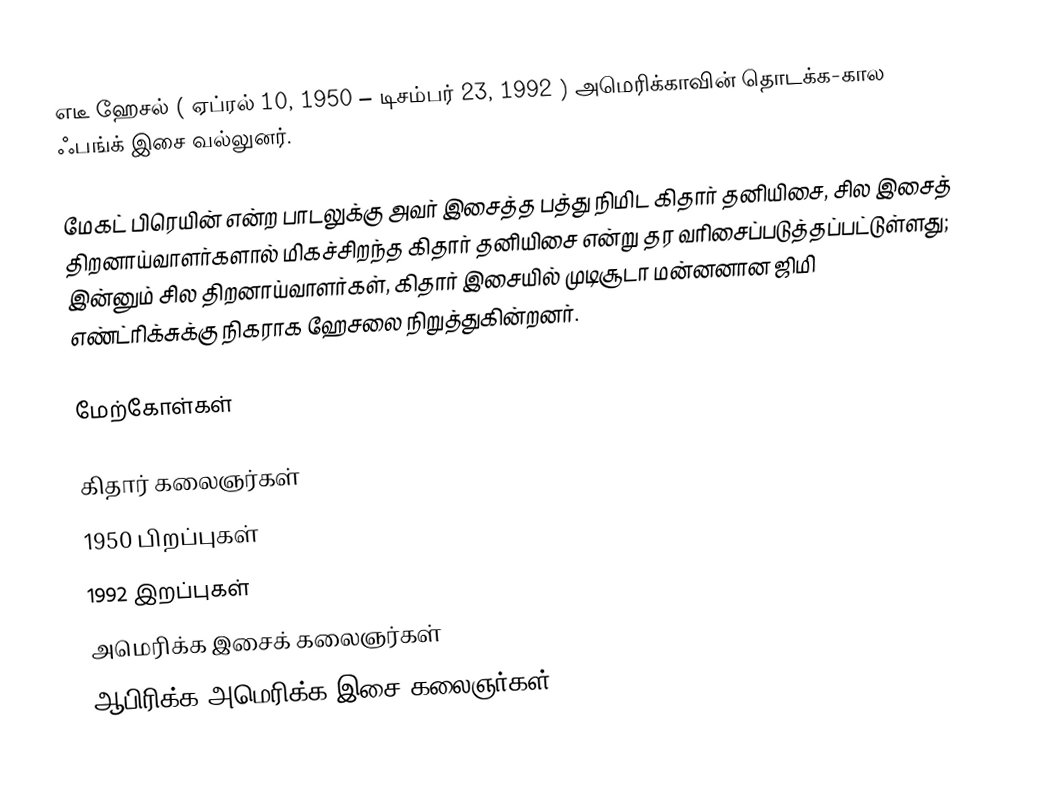
எடீ ஹேசல் ( ஏப்ரல் 10, 1950 – டிசம்பர் 23, 1992 ) அமெரிக்காவின் தொடக்க-கால ஃபங்க் இசை வல்லுனர்.

மேகட் பிரெயின் என்ற பாடலுக்கு அவர் இசைத்த பத்து நிமிட கிதார் தனியிசை, சில இசைத் திறனாய்வாளர்களால் மிகச்சிறந்த கிதார் தனியிசை என்று தர வரிசைப்படுத்தப்பட்டுள்ளது; இன்னும் சில திறனாய்வாளர்கள், கிதார் இசையில் முடிசூடா மன்னனான ஜிமி எண்ட்ரிக்சுக்கு நிகராக ஹேசலை நிறுத்துகின்றனர்.

மேற்கோள்கள்

கிதார் கலைஞர்கள்
1950 பிறப்புகள்
1992 இறப்புகள்
அமெரிக்க இசைக் கலைஞர்கள்
ஆபிரிக்க அமெரிக்க இசை கலைஞர்கள்